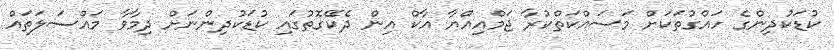
ކުޑަކުދިންގެ ހައްގުތަކަށް މަސައްކަތްކުރާ ޖަމްއިއްޔާ އާކް އިން ދެކޭގޮތުގައި ކުޑަކުދިންނަށް ދިމާވާ މައްސަލަތައް